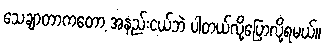
သေချာတာကတော့ အနည်းငယ်ဘဲ ပါတယ်လို့ပြောလို့ရမယ်။